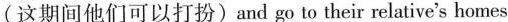
(这期间他们可以打扮) and go to their relative's homes